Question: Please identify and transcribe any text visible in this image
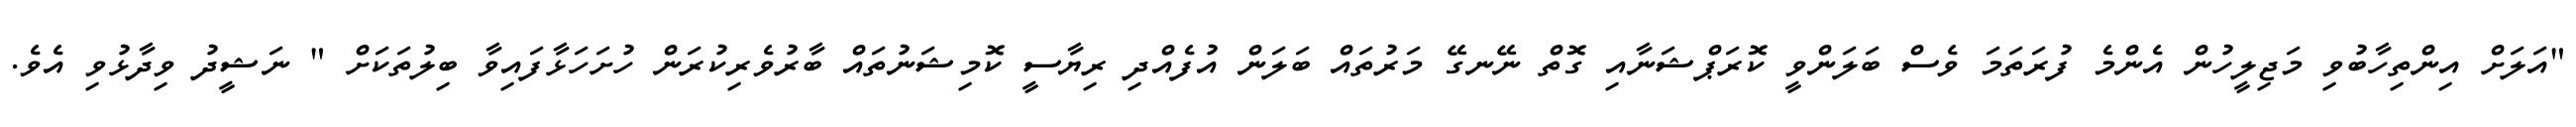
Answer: "އަލަށް އިންތިހާބުވި މަޖިލީހުން އެންމެ ފުރަތަމަ ވެސް ބަލަންވީ ކޮރަޕްޝަނާއި ގޮތް ނޭނގޭ މަރުތައް ބަލަން އުފެއްދި ރިޔާސީ ކޮމިޝަނުތައް ބާރުވެރިކުރަން ހުށަހަޅާފައިވާ ބިލުތަކަށް " ނަޝީދު ވިދާޅުވި އެވެ.